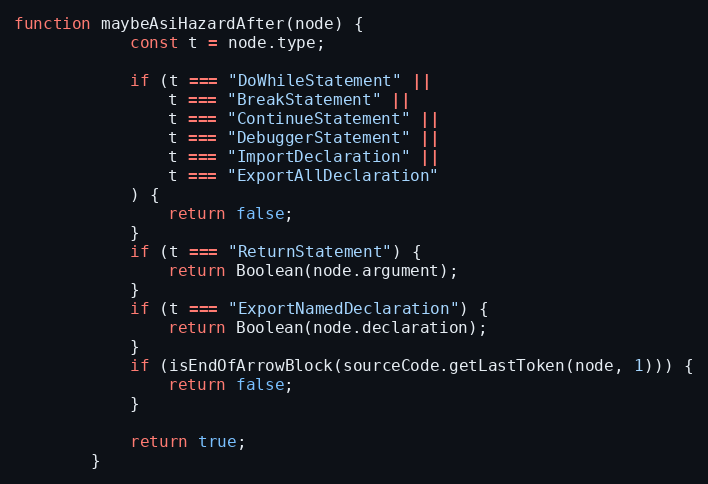
Language: JavaScript
function maybeAsiHazardAfter(node) {
            const t = node.type;

            if (t === "DoWhileStatement" ||
                t === "BreakStatement" ||
                t === "ContinueStatement" ||
                t === "DebuggerStatement" ||
                t === "ImportDeclaration" ||
                t === "ExportAllDeclaration"
            ) {
                return false;
            }
            if (t === "ReturnStatement") {
                return Boolean(node.argument);
            }
            if (t === "ExportNamedDeclaration") {
                return Boolean(node.declaration);
            }
            if (isEndOfArrowBlock(sourceCode.getLastToken(node, 1))) {
                return false;
            }

            return true;
        }